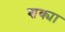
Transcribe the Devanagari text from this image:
शक्या